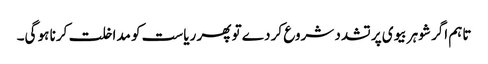
تاہم اگر شوہر بیوی پر تشدد شروع کر دے تو پھر ریاست کو مداخلت کرنا ہو گی۔